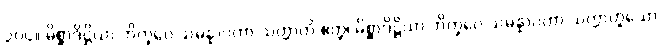
၃၀၄။ မိစ္ဆာဒိဋ္ဌိယာ ဘိက္ခဝေ သမန္နာဂတာ သတ္တာတိ ဧတ္ထ၊ မိစ္ဆာဒိဋ္ဌိယာ ဘိက္ခဝေ သမန္နာဂတာ သတ္တာဟူသော